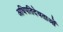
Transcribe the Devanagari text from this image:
अधिपतिदेवताओं